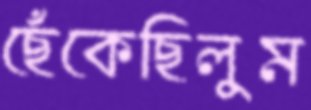
ছেঁকেছিলুম